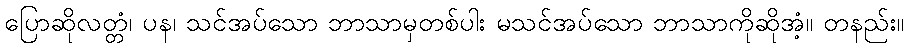
ပြောဆိုလတ္တံ၊ ပန၊ သင်အပ်သော ဘာသာမှတစ်ပါး မသင်အပ်သော ဘာသာကိုဆိုအံ့။ တနည်း။